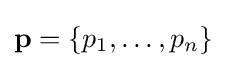
\mathbf {p} =\{p_{1},\ldots ,p_{n}\}